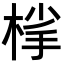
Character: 𪲦